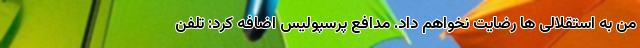
من به استقلالی ها رضایت نخواهم داد. مدافع پرسپولیس اضافه کرد: تلفن